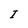
Character: I